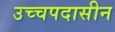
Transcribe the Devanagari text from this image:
उच्चपदासीन